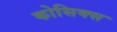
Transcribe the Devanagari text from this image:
कोसिक्स